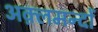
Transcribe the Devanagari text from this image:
अक़्लमन्दों